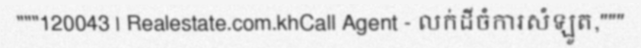
"""120043 | Realestate.com.khCall Agent - លក់ដីចំការសំឡូត,"""